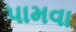
પામવા